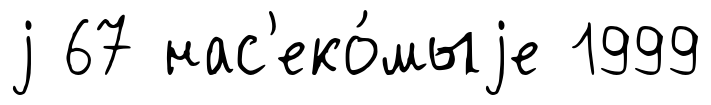
j 67 нас'еко́мыjе 1999